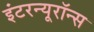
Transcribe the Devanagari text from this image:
इंटरन्यूरॉन्स